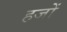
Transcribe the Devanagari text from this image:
हजों